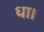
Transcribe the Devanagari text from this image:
धा।